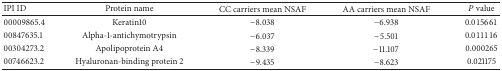
<table><thead><tr><td><b>IPI ID</b></td><td><b>Protein name</b></td><td><b>CC carriers mean NSAF</b></td><td><b>AA carriers mean NSAF</b></td><td><b><i>P</i> value</b></td></tr></thead><tbody><tr><td>00009865.4</td><td>Keratin10</td><td>−8.038</td><td>−6.938</td><td>0.015661</td></tr><tr><td>00847635.1</td><td>Alpha-1-antichymotrypsin</td><td>−6.037</td><td>−5.501</td><td>0.011116</td></tr><tr><td>00304273.2</td><td>Apolipoprotein A4</td><td>−8.339</td><td>−11.107</td><td>0.000265</td></tr><tr><td>00746623.2</td><td>Hyaluronan-binding protein 2</td><td>−9.435</td><td>−8.623</td><td>0.021175</td></tr></tbody></table>